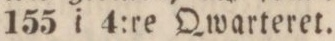
155 i 4:re Qwarteret.